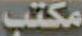
مكتب